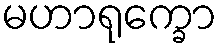
မဟာရုက္ခော